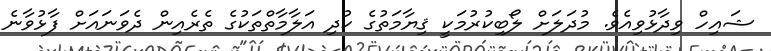
ޝައިހް ވިދާޅުވިއެވެ. މުދަލަށް ލޯބިކުރުމަކީ ޤިޔާމަތުގެ ކުދި އަލާމާތްތަކުގެ ތެރެއިން ދެވަނައަށް ފާޅުވާނެ